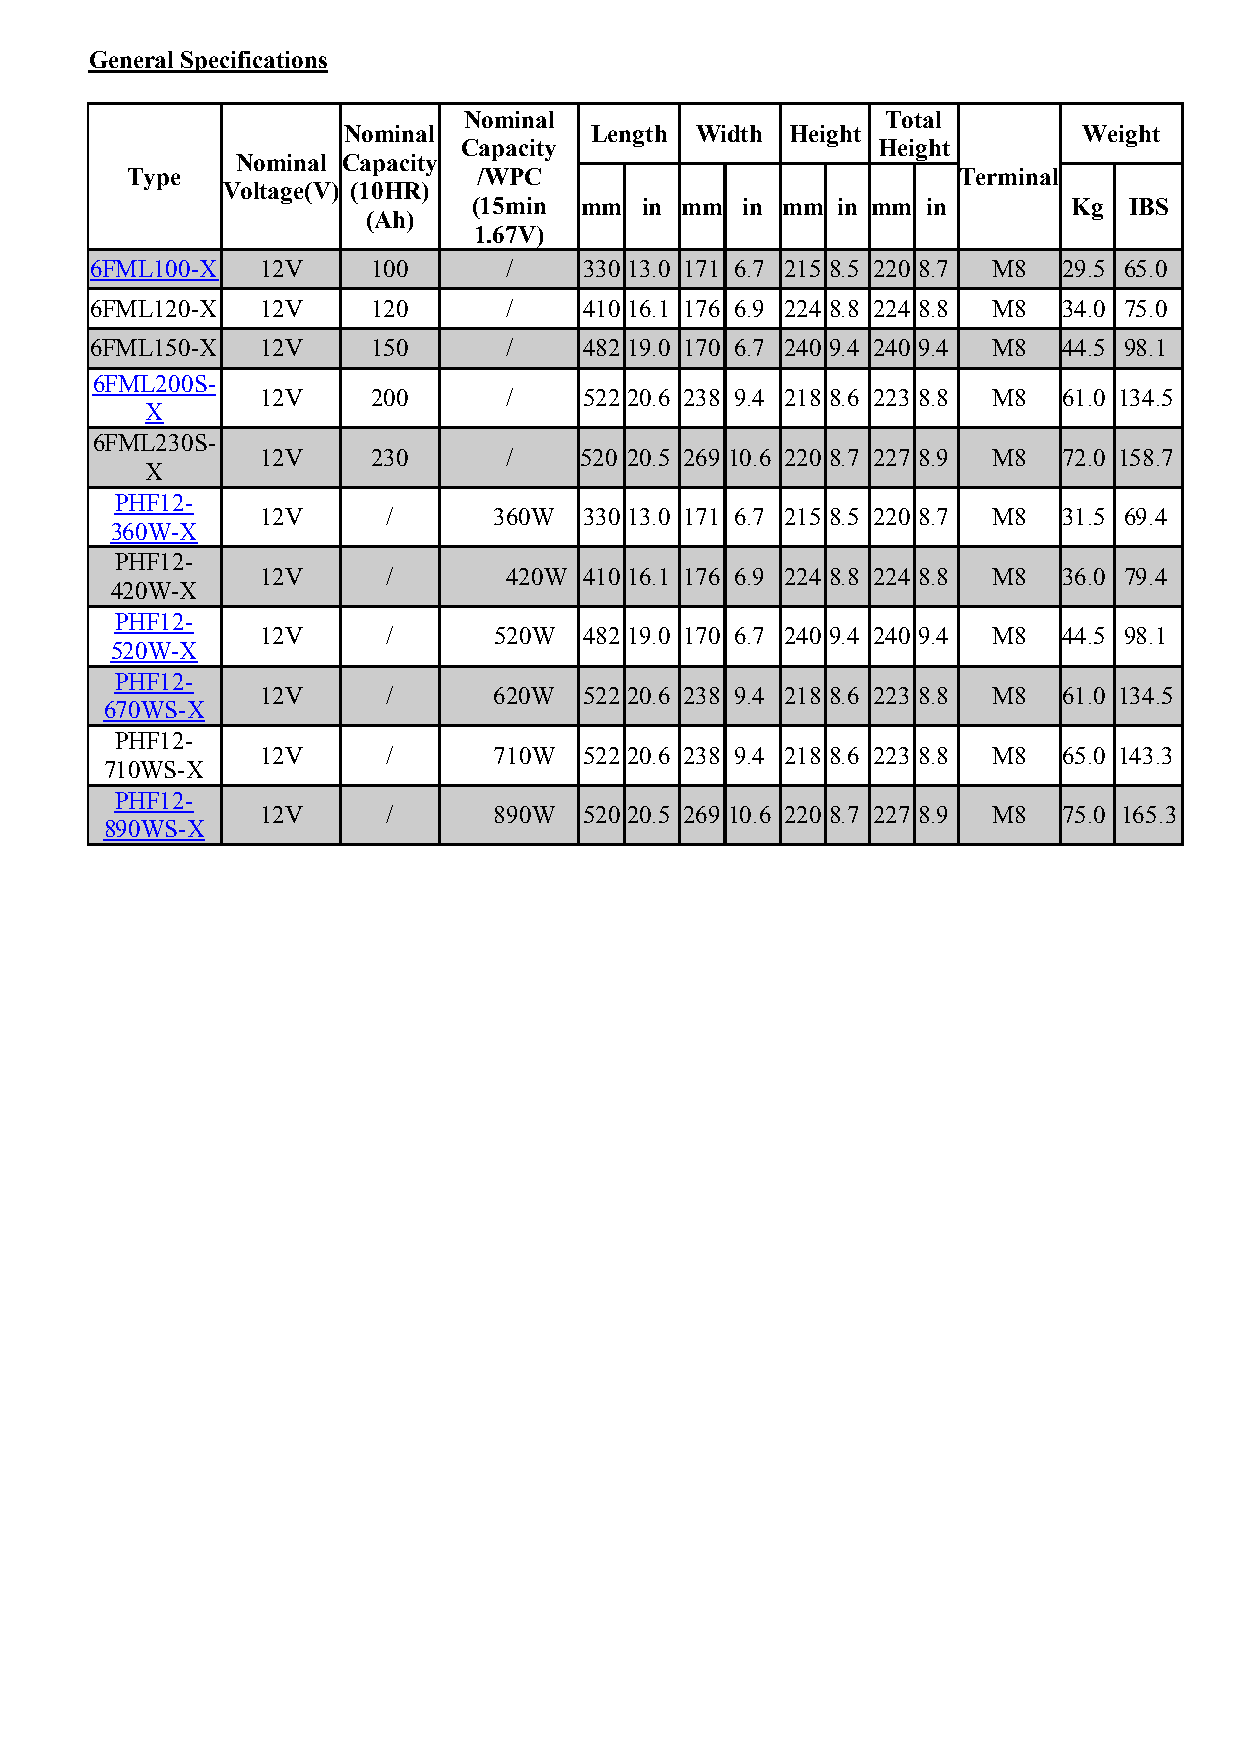
General Specifications
 Nominal                     Total
 Nominal         Length Width Height              Weight
 Capacity                   Height
 Nominal Capacity
 Type                    /WPC                           Terminal
 Voltage(V) (10HR)
 (15min mm  in mm  in mm in mm in        Kg  IBS
 (Ah)
 1.67V)
 6FML100-X  12V     100     /     330 13.0 171 6.7 215 8.5 220 8.7 M8 29.5 65.0
 6FML120-X  12V     120     /     410 16.1 176 6.9 224 8.8 224 8.8 M8 34.0 75.0
 6FML150-X  12V     150     /     482 19.0 170 6.7 240 9.4 240 9.4 M8 44.5 98.1
 6FML200S-
 12V     200     /     522 20.6 238 9.4 218 8.6 223 8.8 M8 61.0 134.5
 X
 6FML230S-
 12V     230     /    520 20.5 269 10.6 220 8.7 227 8.9 M8 72.0 158.7
 X
 PHF12-
 12V      /      360W  330 13.0 171 6.7 215 8.5 220 8.7 M8 31.5 69.4
 360W-X
 PHF12-
 12V      /       420W 410 16.1 176 6.9 224 8.8 224 8.8 M8 36.0 79.4
 420W-X
 PHF12-
 12V      /      520W  482 19.0 170 6.7 240 9.4 240 9.4 M8 44.5 98.1
 520W-X
 PHF12-
 12V      /      620W  522 20.6 238 9.4 218 8.6 223 8.8 M8 61.0 134.5
 670WS-X
 PHF12-
 12V      /      710W  522 20.6 238 9.4 218 8.6 223 8.8 M8 65.0 143.3
 710WS-X
 PHF12-
 12V      /      890W  520 20.5 269 10.6 220 8.7 227 8.9 M8 75.0 165.3
 890WS-X